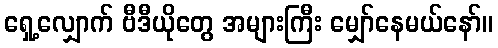
ရှေ့လျှောက် ဗီဒီယိုတွေ အများကြီး မျှော်နေမယ်နော်။